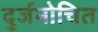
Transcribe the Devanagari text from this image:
दुर्जनोचित